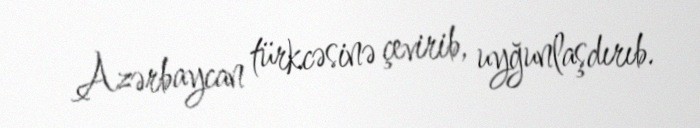
Azərbaycan türkcəsinə çevirib, uyğunlaşdırıb.